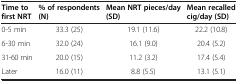
<table><thead><tr><td><b>Time to first NRT</b></td><td><b>% of respondents (N)</b></td><td><b>Mean NRT pieces/day (SD)</b></td><td><b>Mean recalled cig/day (SD)</b></td></tr></thead><tbody><tr><td>0-5 min</td><td>33.3 (25)</td><td>19.1 (11.6)</td><td>22.2 (10.8)</td></tr><tr><td>6-30 min</td><td>32.0 (24)</td><td>16.1 (9.0)</td><td>20.4 (5.2)</td></tr><tr><td>31-60 min</td><td>20.0 (15)</td><td>11.2 (3.2)</td><td>17.4 (5.4)</td></tr><tr><td>Later</td><td>16.0 (11)</td><td>8.8 (5.5)</td><td>13.1 (5.1)</td></tr></tbody></table>